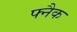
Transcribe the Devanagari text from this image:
फ्नैक